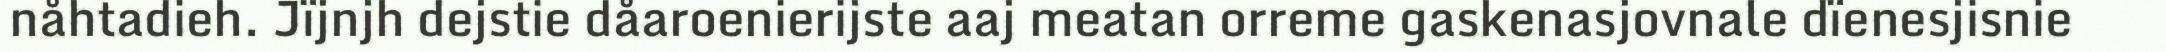
nåhtadieh. Jïjnjh dejstie dåaroenierijste aaj meatan orreme gaskenasjovnale dïenesjisnie